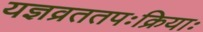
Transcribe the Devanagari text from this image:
यज्ञव्रततपःक्रियाः